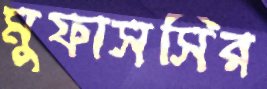
মুফাসসির